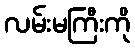
လမ်းမကြီးကို